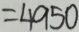
= 4 9 5 0